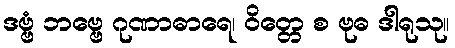
ဒဗ္ဗံ ဘဗ္ဗေ ဂုဏာဓာရေ၊ ဝိတ္တေ စ ဗုဓ ဒါရုသု။